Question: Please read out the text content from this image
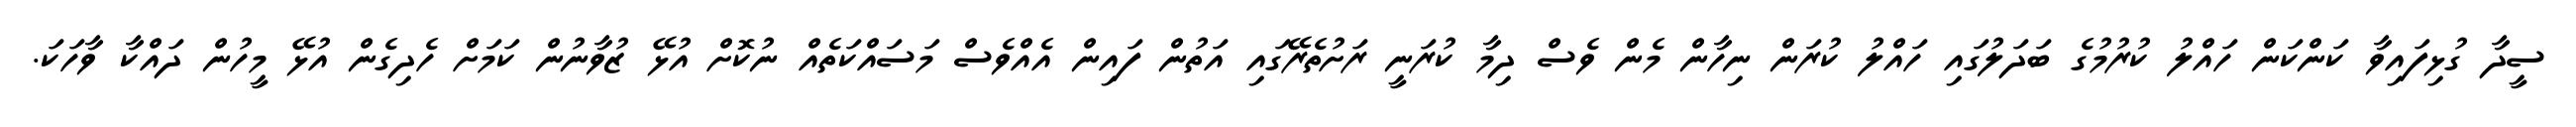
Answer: ސީދާ ގުޅިފައިވާ ކަންކަން ހައްލު ކުރުމުގެ ބަދަލުގައި ހައްލު ކުރަން ނިހާން މެން ވެސް ދިމާ ކުރަނީ ރަށުތެރޭގައި އަތުން ފައިން އެއްވެސް މަސައްކަތެއް ނުކޮށް އުޅޭ ޒުވާނުން ކަމަށް ހެދިގެން އުޅޭ މީހުން ދައްކާ ވާހަކަ.